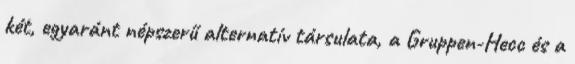
két, egyaránt népszerű alternatív társulata, a Gruppen-Hecc és a